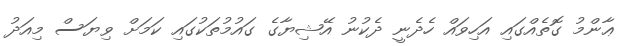
ޢާންމު ގޮތެއްގައި އަހިވައް ހެދެނީ ދެކުނު އޭޝިޔާގެ ގައުމުތަކުގައި ކަމަށް ވިޔަސް މިއަދު